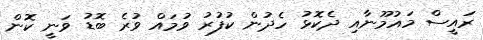
ރައީސް މައުމޫނާއި ދެކޮޅު ހެދުން ކުފުރު ވުމައް ވުރެ ބޮޑު ވަނީ ކޮން